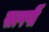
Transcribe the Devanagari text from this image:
सत्पर्षी